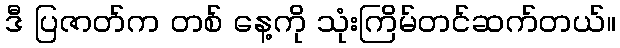
ဒီ ပြဇာတ်က တစ် နေ့ကို သုံးကြိမ်တင်ဆက်တယ်။